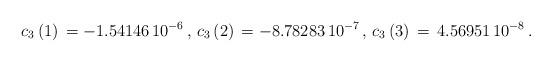
LaTeX: \begin{align*}c_{3}\left( 1\right) \,=-1.54146\,10^{-6}\,,\,c_{3}\left( 2\right)\,=-8.78283\,10^{-7}\,,\,c_{3}\left( 3\right) \,=\,4.56951\,10^{-8}\,.\end{align*}